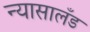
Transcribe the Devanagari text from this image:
न्यासालँड